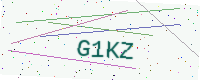
Text: G1KZ